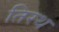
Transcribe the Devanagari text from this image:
तिरथ